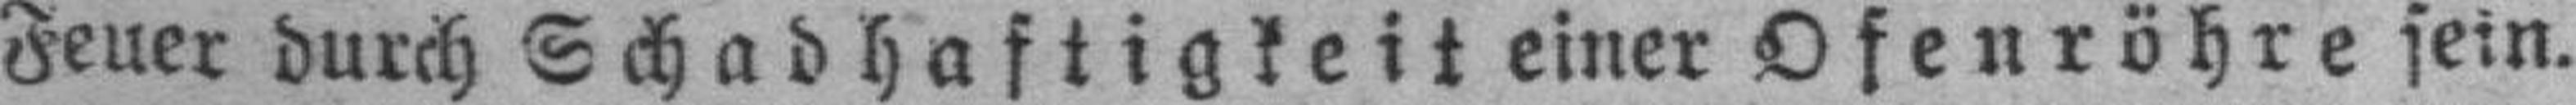
Feuer durch Schadhaftigkeit einer Ofenröhre sein.